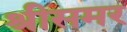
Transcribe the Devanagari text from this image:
श्रीसमर